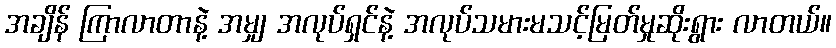
အချိန် ကြာလာတာနဲ့ အမျှ အလုပ်ရှင်နဲ့ အလုပ်သမားမသင့်မြတ်မှုဆိုးရွား လာတယ်။